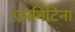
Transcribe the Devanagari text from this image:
एमनिटिना